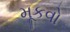
મૂકવો